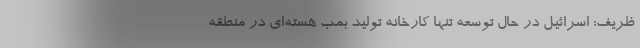
ظریف: اسرائیل در حال توسعه تنها کارخانه تولید بمب هسته‌ای در منطقه